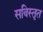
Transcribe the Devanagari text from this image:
सविस्तृत